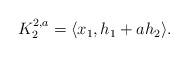
LaTeX: \begin{align*}\begin{array}{llllll}K^{2,a}_{2}=\langle x_1,h_1+ a h_2\rangle.\end{array}\end{align*}